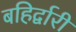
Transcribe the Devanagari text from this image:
बहिर्द्वारी